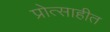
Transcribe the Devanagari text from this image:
प्रोत्साहीत